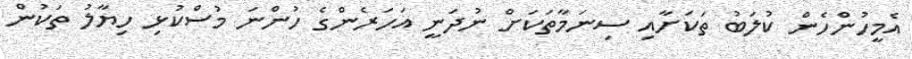
އެމީހުންހެން ކުލަބު ތަކަށާއި ސިނަމާތަކަށް ނުދަނީ އަހަރެންގެ ހުންނަ މުސްކުޅި ހިޔާލު ތަކުން